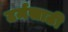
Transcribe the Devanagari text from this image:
टर्मसाठी